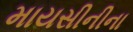
માયસીનીના